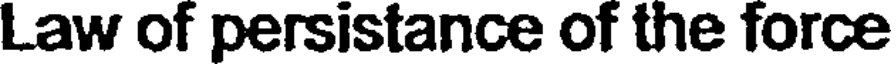
Law of persistance of the force